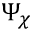
\Psi _ { \chi }